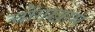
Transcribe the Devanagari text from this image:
चोंगखाम